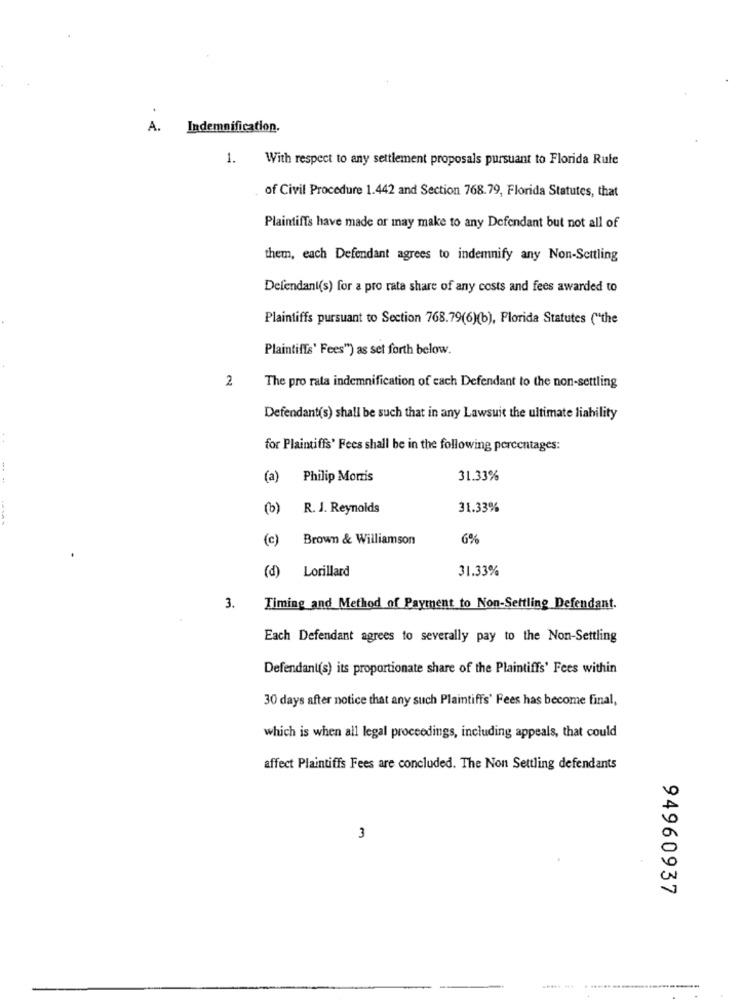
A.
Indemnification.
1.
With respect to any settlement proposals pursuant to Florida Rufe
of Civil Procedure 1.442 and Section 768.79, Florida Statutes, that
Plaintiffs have made or may make to any Defendant but not all of
them, each Defendant agrees to indemnify any Non-Settling
Defendant(s) for a pro rata share of any costs and fees awarded to
Plaintiffs pursuant to Section 768.79(6)(b), Florida Statutes ("the
Plaintiffs' Fees") as set forth below.
2
The pro rata indemnification of each Defendant to the non-settling
Defendant(s) shall be such that in any Lawsuit the ultimate liability
for Plaintiffs' Fees shall be in the following percentages:
---
(a)
Philip Morris
31.33%
(b)
R. J. Reynolds
31.33%
(c)
Brown & Williamson
6%
(d)
Lorillard
31.33%
3.
Timing and Method of Payment to Non-Settling Defendant.
Each Defendant agrees to severally pay to the Non-Settling
Defendant(s) its proportionate share of the Plaintiffs' Fees within
30 days after notice that any such Plaintiffs' Fees has become final,
which is when all legal proceedings, including appeals, that could
affect Plaintiffs Fees are concluded. The Non Settling defendants
3
94960937